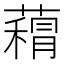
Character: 𮑨